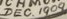
DEC. 1909